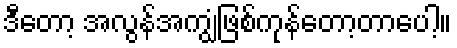
ဒီတော့ အလွန်အကျွံဖြစ်ကုန်တော့တာပေါ့။